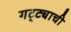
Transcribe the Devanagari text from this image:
गट्ट्याची